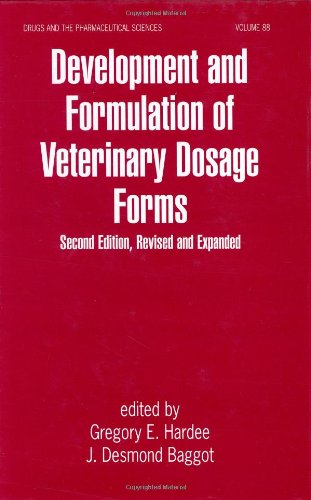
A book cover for Development and Formulation of Veterinary Dosage Forms, Second Edition (Drugs and the Pharmaceutical Sciences); Gregory E. Hardee; Medical Books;